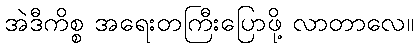
အဲဒီကိစ္စ အရေးတကြီးပြောဖို့ လာတာလေ။